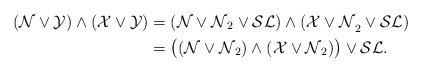
LaTeX: \begin{align*}\mathcal{(N\vee Y)\wedge(X\vee Y)}&=(\mathcal{N\vee N}_2\vee\mathcal{SL)\wedge(X\vee N}_2\vee\mathcal{SL})\\&=\bigl((\mathcal{N\vee N}_2)\wedge(\mathcal{X\vee N}_2)\bigr)\vee\mathcal{SL}\ldotp\end{align*}